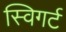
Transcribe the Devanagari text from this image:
स्विगर्ट